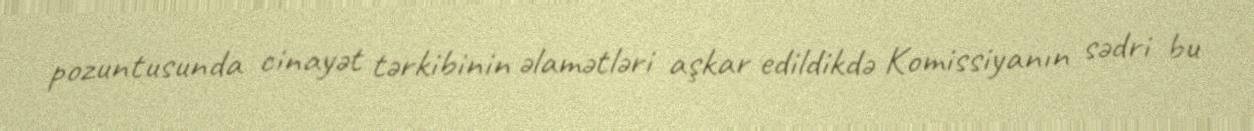
pozuntusunda cinayət tərkibinin əlamətləri aşkar edildikdə Komissiyanın sədri bu